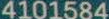
4101584